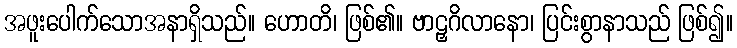
အဖူးပေါက်သောအနာရှိသည်။ ဟောတိ၊ ဖြစ်၏။ ဗာဠှဂိလာနော၊ ပြင်းစွာနာသည် ဖြစ်၍။